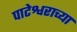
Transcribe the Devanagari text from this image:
पाटेश्वराच्या